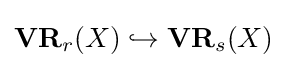
\mathbf {VR} _{r}(X)\hookrightarrow \mathbf {VR} _{s}(X)